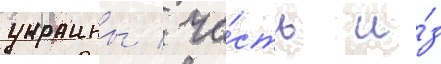
украины / ча́сть и́з